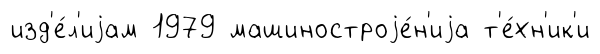
изд'е́л'иjам 1979 машиностроjе́н'иjа т'е́хн'ик'и